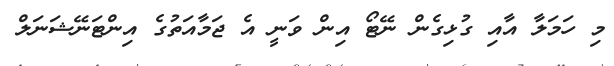
މި ހަމަލާ އާއި ގުޅިގެން ނޭޓޯ އިން ވަނީ އެ ޖަމާއަތުގެ އިންޓަނޭޝަނަލް